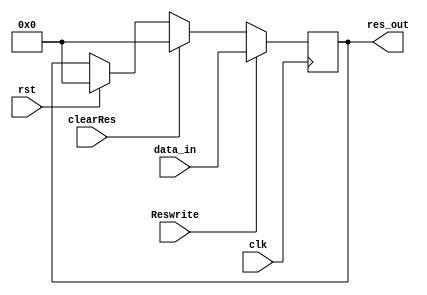
`timescale 1ns / 1ps

module Res(input clk, input rst,input clearRes, input[17:0] data_in, input Reswrite, output[17:0] res_out);
  reg[17:0] data;
  
   always@(posedge clk)
    begin
      if(rst)
        data<= 18'd0;
      if(clearRes)
	data <= 18'd0;
      if(Reswrite)
        data <= data_in;
     end
    
  assign res_out = data;
      

endmodule